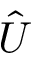
\hat { U }